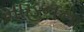
માહનના